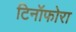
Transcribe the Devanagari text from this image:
टिनॉफोरा